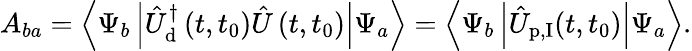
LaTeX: A_{ba}=\left\langle\Psi_{b}\left|\hat{U}_{\textrm{d}}^{\dagger}\left(t,t_{0}\right)\hat{U}\left(t,t_{0}\right)\right|\Psi_{a}\right\rangle=\left\langle\Psi_{b}\left|\hat{U}_{\textrm{p,I}}(t,t_{0})\right|\Psi_{a}\right\rangle.